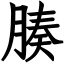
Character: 腠